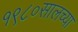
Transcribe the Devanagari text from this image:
१९८०सालच्या